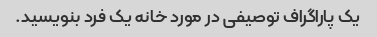
یک پاراگراف توصیفی در مورد خانه یک فرد بنویسید.